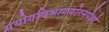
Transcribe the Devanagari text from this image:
संयोगविभागयोरनपेक्षो